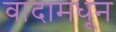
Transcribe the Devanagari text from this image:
वादामधून